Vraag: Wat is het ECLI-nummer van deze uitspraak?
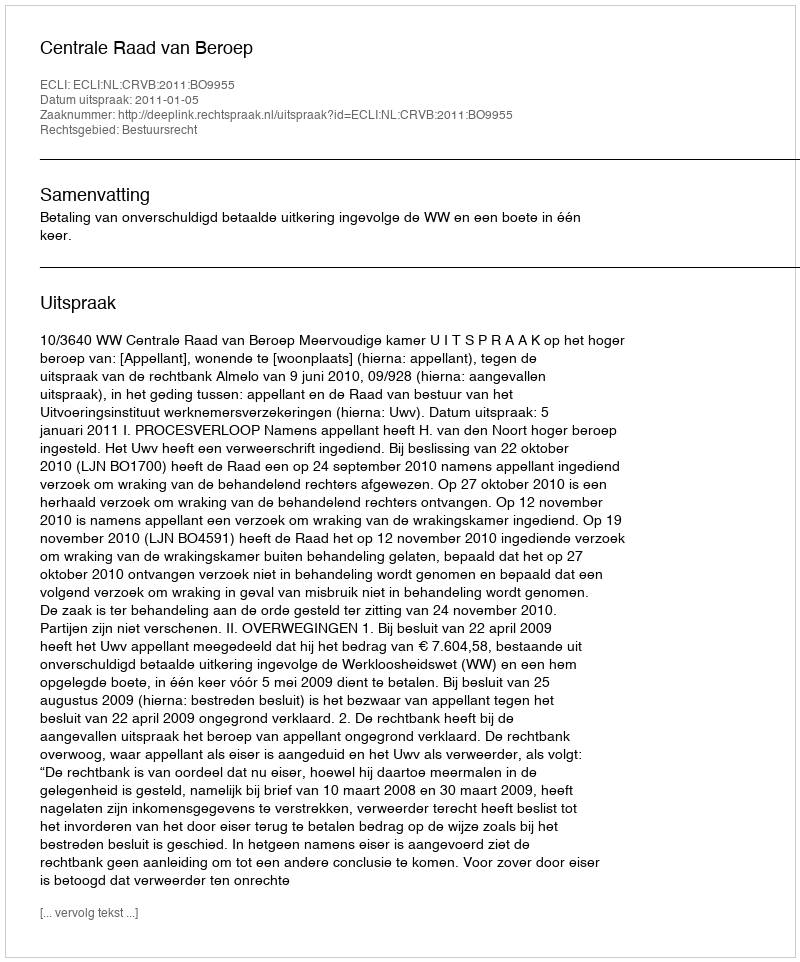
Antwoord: ECLI:NL:CRVB:2011:BO9955